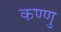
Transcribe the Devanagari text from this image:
कण्णु